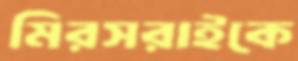
মিরসরাইকে